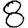
Digit: 8